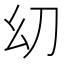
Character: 㓜